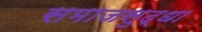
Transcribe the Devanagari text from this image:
समाजसुद्धा